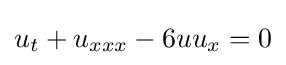
\displaystyle u_{t}+u_{xxx}-6uu_{x}=0